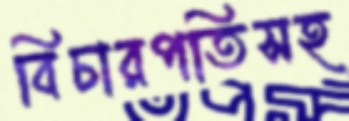
বিচারপতিসহ